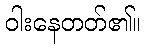
ဝါးနေတတ်၏။